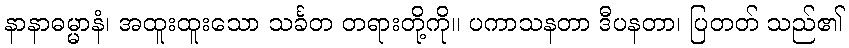
နာနာဓမ္မာနံ၊ အထူးထူးသော သင်္ခတ တရားတို့ကို။ ပကာသနတာ ဒီပနတာ၊ ပြတတ် သည်၏